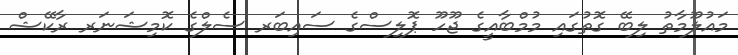
މައުލޫމާތު ލިބޭ ގޮތުގައި މުމްބާއީގެ ޖޫހޫ ޕޮލިސްގެ ސައިބަރ ސެލްގެ ކޮމިޝަނަރ ރާކޭޝް